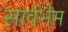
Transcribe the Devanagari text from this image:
सार्वभैम